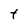
Character: t